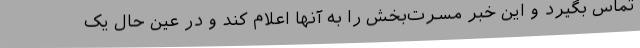
تماس بگیرد و این خبر مسرت‌بخش را به آنها اعلام کند و در عین حال یک